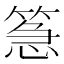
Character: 𮅪